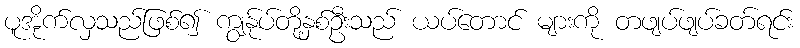
ပူအိုက်လှသည်ဖြစ်၍ ကျွန်ုပ်တို့နှစ်ဦးသည် ယပ်တောင် များကို တဖျပ်ဖျပ်ခတ်ရင်း